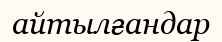
айтылғандар